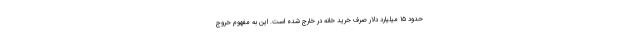
حدود ۱۵ میلیارد دلار صرف خرید خانه در خارج شده است. این به مفهوم خروج